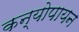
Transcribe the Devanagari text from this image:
कन्योपायन